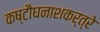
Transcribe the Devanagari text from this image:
कष्टौघनाशकर्त्रे